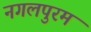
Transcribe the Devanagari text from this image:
नगलपुरम